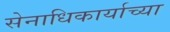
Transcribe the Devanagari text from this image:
सेनाधिकार्याच्या